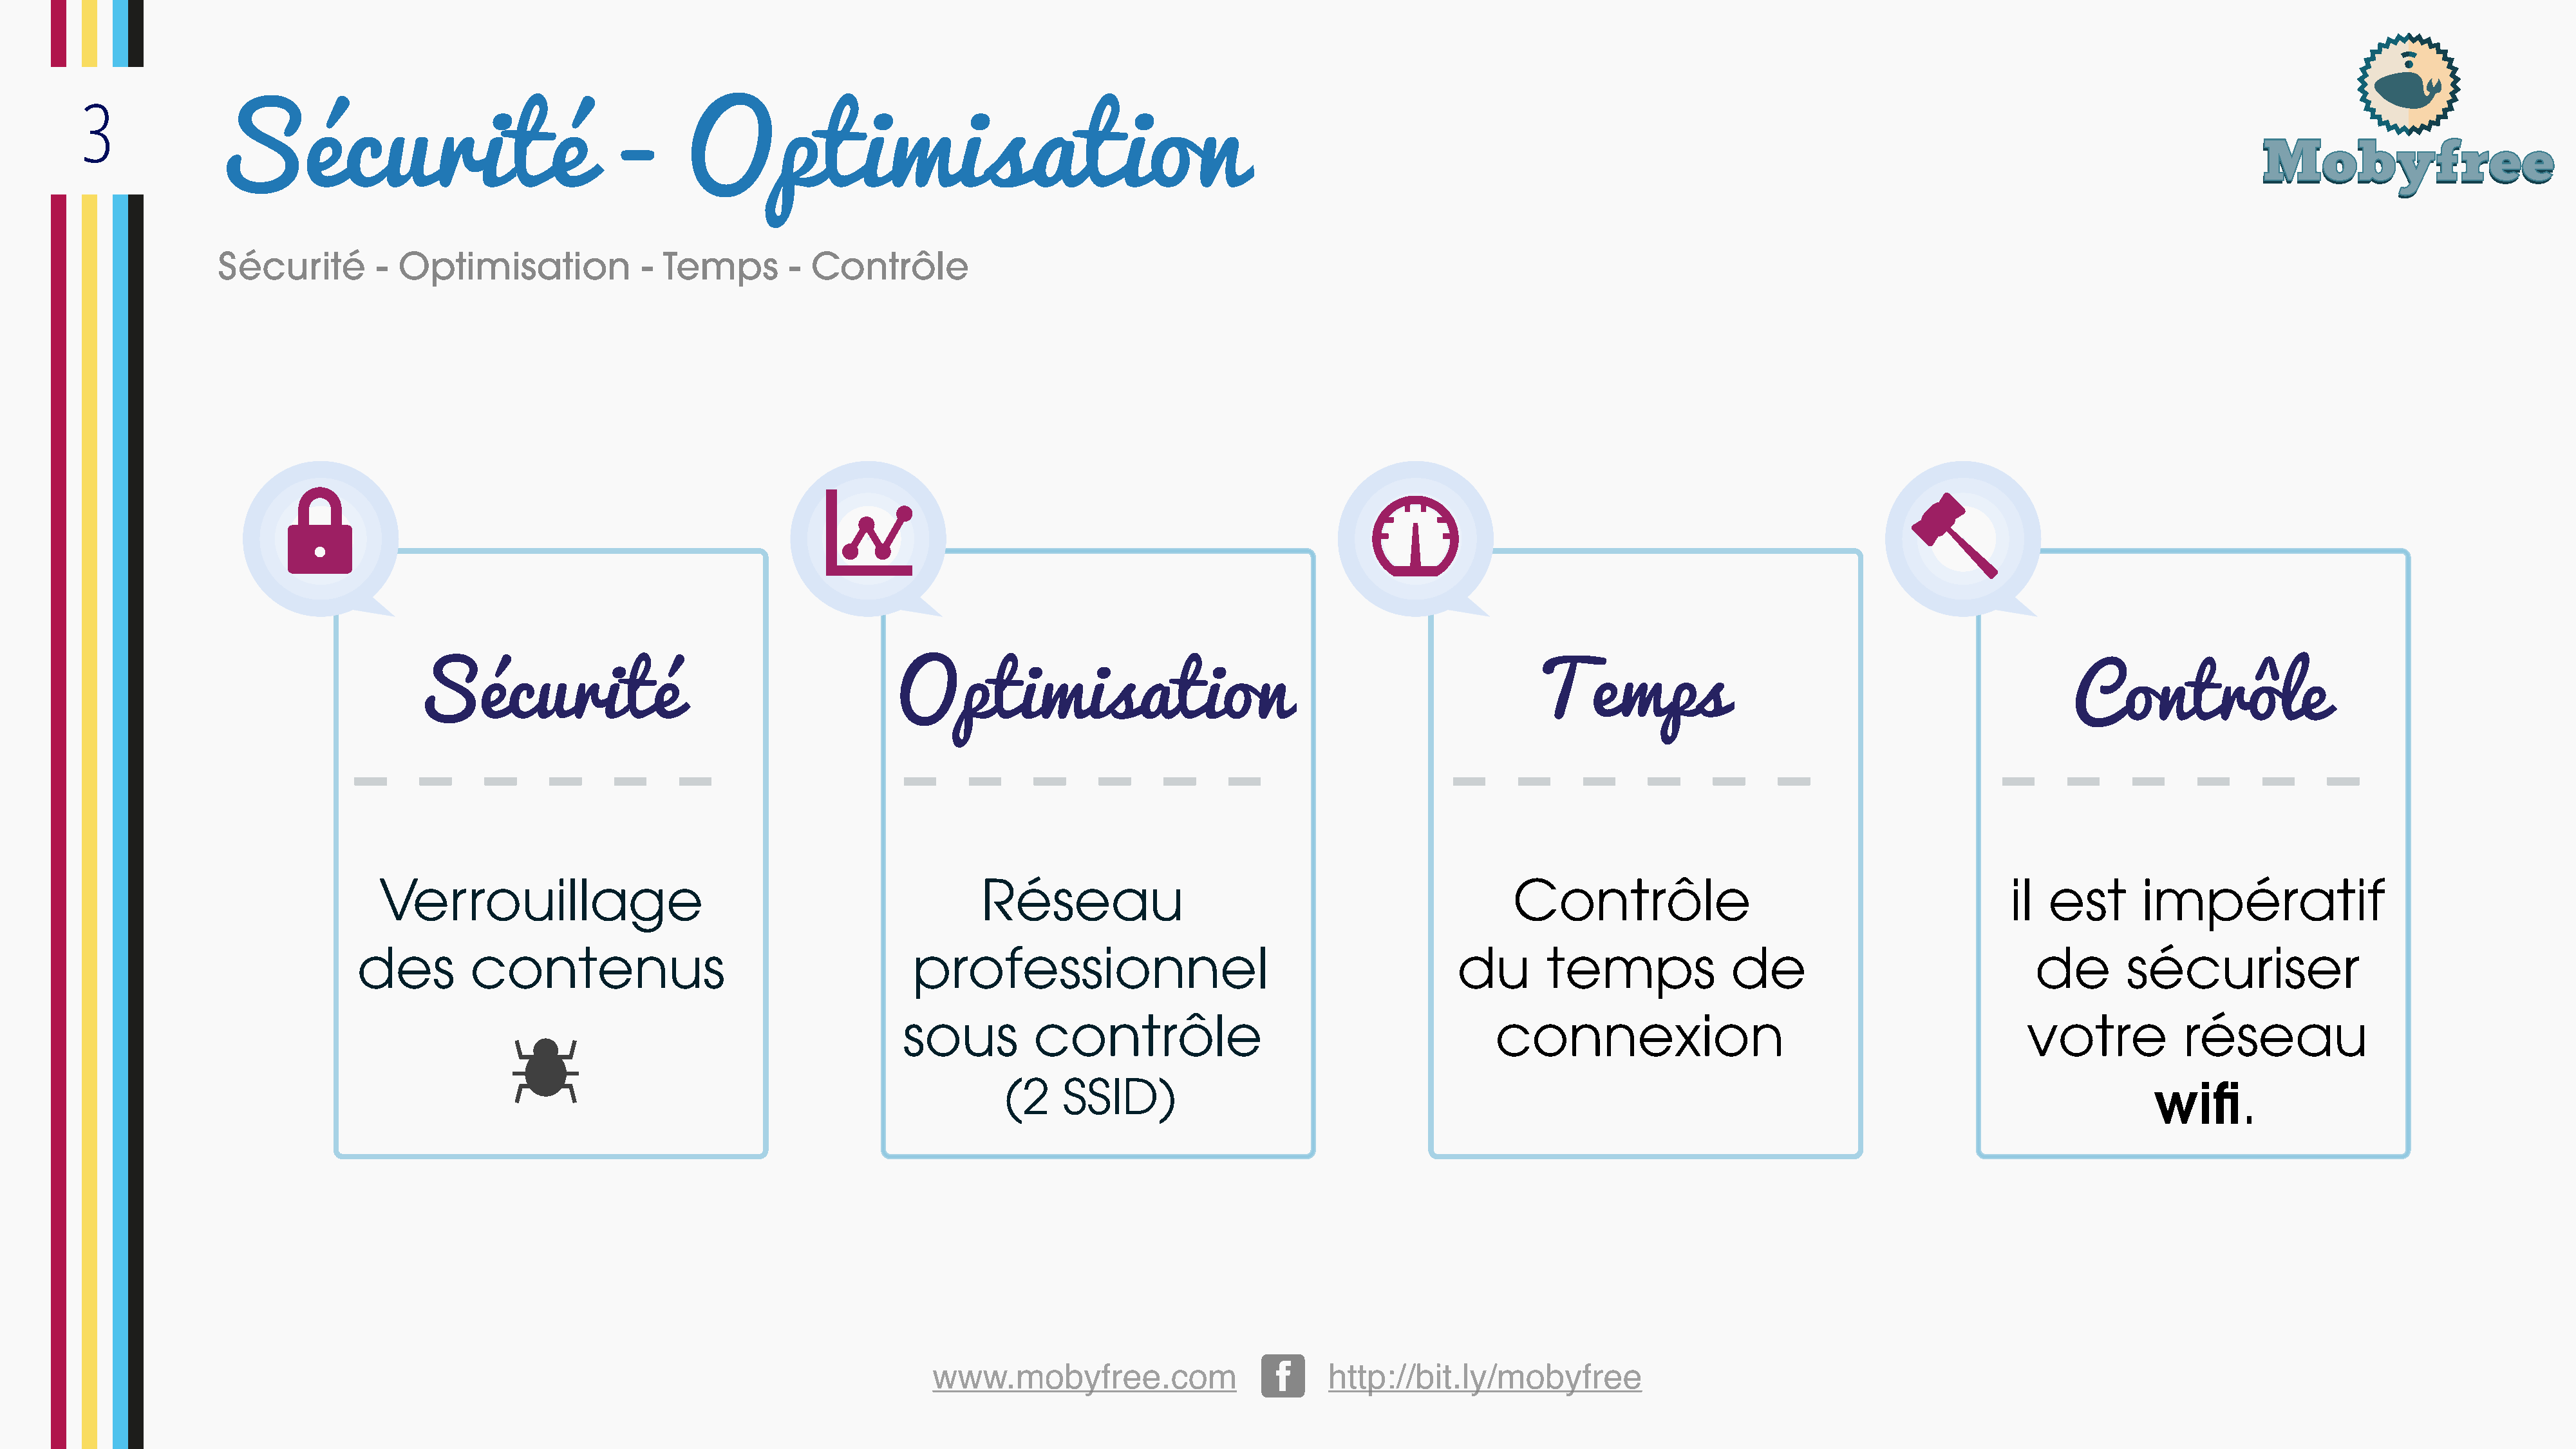
3
 Sécurité                                 -       Optimisation
 Sécurité         - Optimisation             - Temps        - Contrôle
 www.mobyfree.com                         http://bit.ly/mobyfree